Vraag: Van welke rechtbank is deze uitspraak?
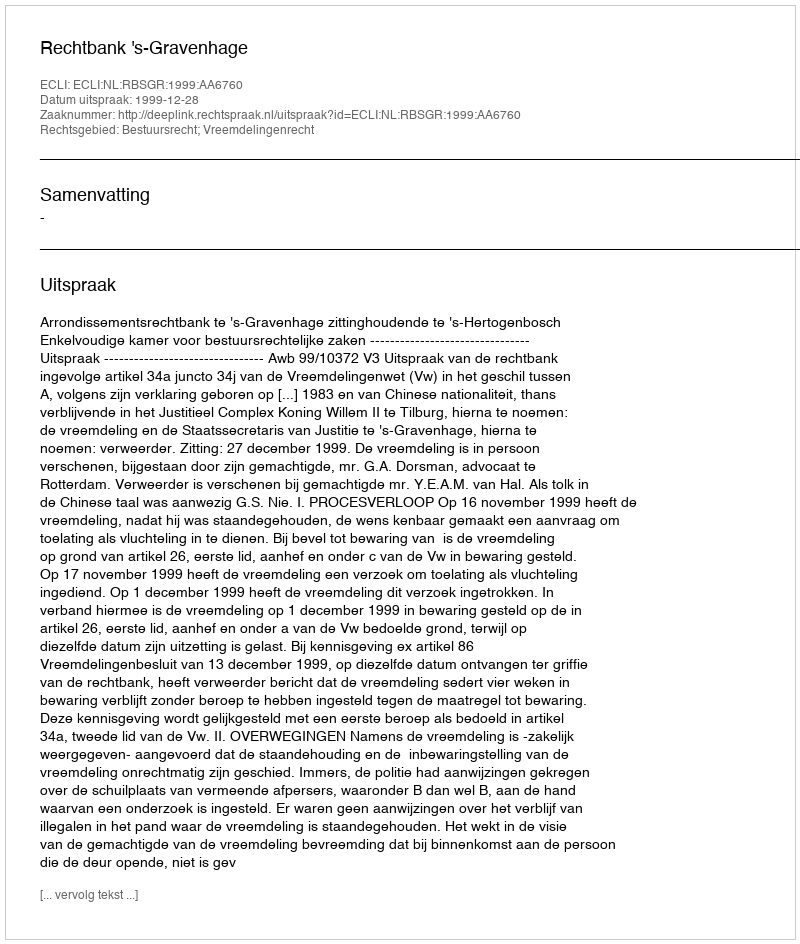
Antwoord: Rechtbank 's-Gravenhage